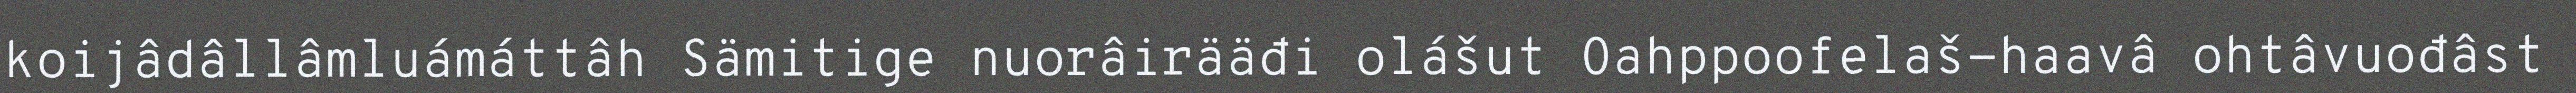
koijâdâllâmluámáttâh Sämitige nuorâirääđi olášut Oahppoofelaš-haavâ ohtâvuođâst